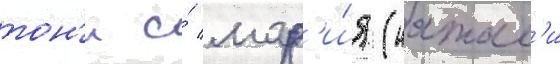
тон'и и́ мар'и́я (натал'и